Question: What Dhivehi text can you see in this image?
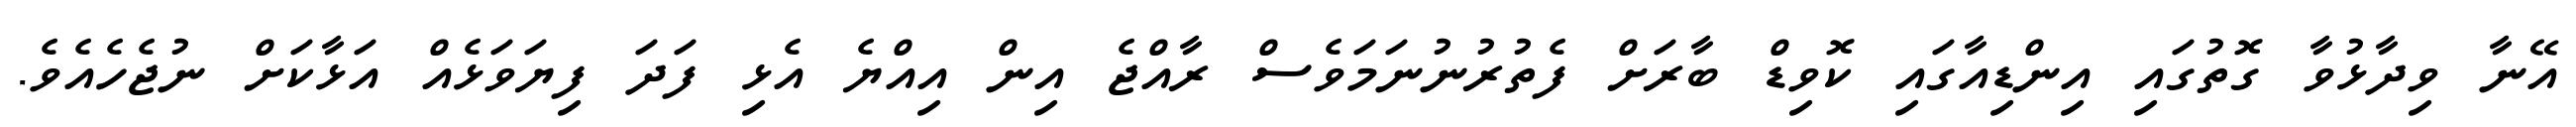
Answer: އޭނާ ވިދާޅުވާ ގޮތުގައި އިންޑިއާގައި ކޮވިޑް ބާރަށް ފެތުރުނުނަމަވެސް ރާއްޖެ އިން އިއްޔެ އެޅި ފަދަ ފިޔަވަޅެއް އަޅާކަށް ނުޖެހެއެވެ.